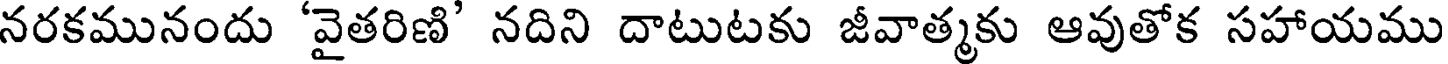
నరకమునందు 'వైతరిణి' నదిని దాటుటకు జీవాత్మకు ఆవుతోక సహాయము